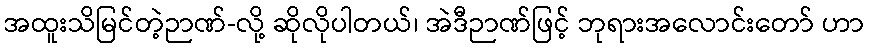
အထူးသိမြင်တဲ့ဉာဏ်-လို့ ဆိုလိုပါတယ်၊ အဲဒီဉာဏ်ဖြင့် ဘုရားအလောင်းတော် ဟာ